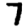
Digit: 7